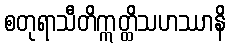
စတုရာသီတိဣတ္ထိသဟဿာနိ